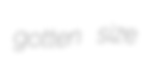
gotten size